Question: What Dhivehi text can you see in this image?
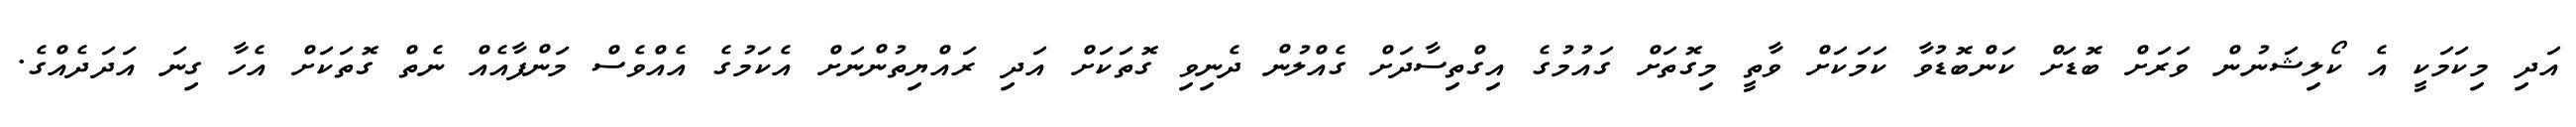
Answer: އަދި މިކަމަކީ އެ ކޯލިޝަނުން ވަރަށް ބޮޑަށް ކަންބޮޑުވާ ކަމަކަށް ވާތީ މިގޮތަށް ގައުމުގެ އިގްތިސާދަށް ގެއްލުން ދެނިވި ގޮތަކަށް އަދި ރައްޔިތުންނަށް އެކަމުގެ އެއްވެސް މަންފާއެއް ނެތް ގޮތަކަށް އެހާ ގިނަ އަދަދެއްގެ.